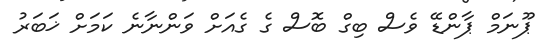
ޕޫނަމް ޕާންޑޭ ވެސް ބިގް ބޮސް ގެ ގެއަށް ވަންނާނެ ކަމަށް ޚަބަރު